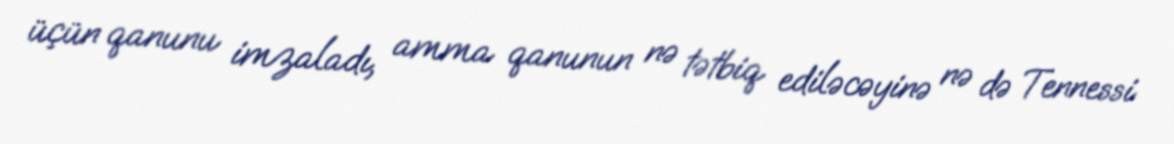
üçün qanunu imzaladı, amma qanunun nə tətbiq ediləcəyinə nə də Tennessi